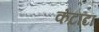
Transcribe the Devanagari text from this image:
कंटाटा